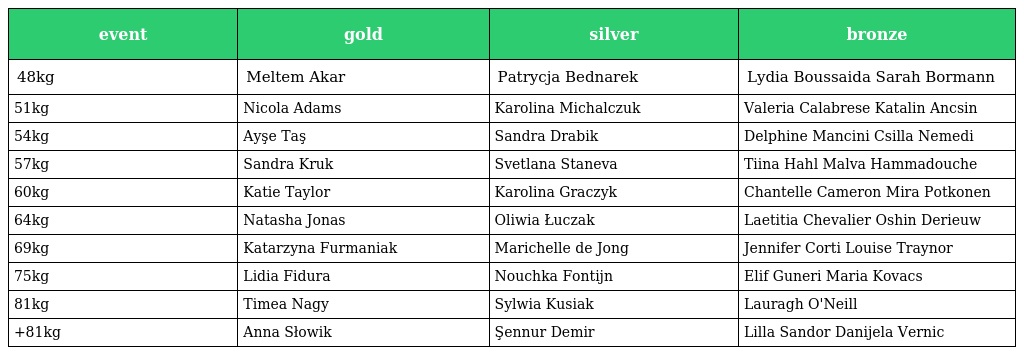
| event | gold | silver | bronze |
 | --- | --- | --- | --- |
 | 48kg | Meltem Akar | Patrycja Bednarek | Lydia Boussaida Sarah Bormann |
 | 51kg | Nicola Adams | Karolina Michalczuk | Valeria Calabrese Katalin Ancsin |
 | 54kg | Ayşe Taş | Sandra Drabik | Delphine Mancini Csilla Nemedi |
 | 57kg | Sandra Kruk | Svetlana Staneva | Tiina Hahl Malva Hammadouche |
 | 60kg | Katie Taylor | Karolina Graczyk | Chantelle Cameron Mira Potkonen |
 | 64kg | Natasha Jonas | Oliwia Łuczak | Laetitia Chevalier Oshin Derieuw |
 | 69kg | Katarzyna Furmaniak | Marichelle de Jong | Jennifer Corti Louise Traynor |
 | 75kg | Lidia Fidura | Nouchka Fontijn | Elif Guneri Maria Kovacs |
 | 81kg | Timea Nagy | Sylwia Kusiak | Lauragh O'Neill |
 | +81kg | Anna Słowik | Şennur Demir | Lilla Sandor Danijela Vernic |